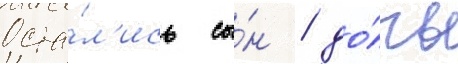
Оста́л'ись сы́н / до́чь